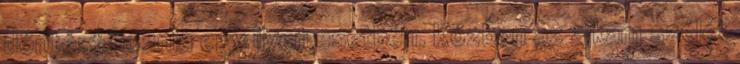
döntést hoznia egy ilyen esetben. Közben az ajkam szélét